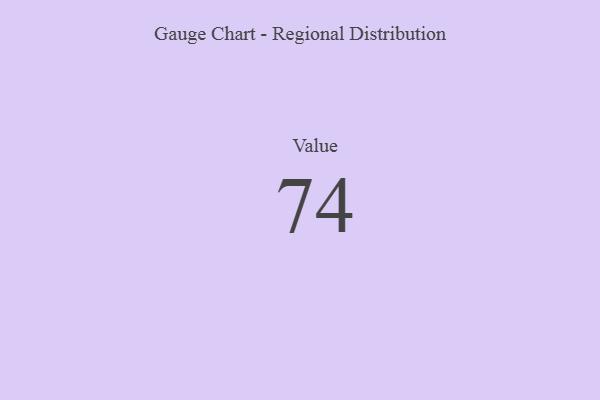
{"axis": {"x": "Metric", "y": "Value"}, "legend": [""], "data": [{"x": "Value", "y": 74, "type": ""}]}